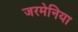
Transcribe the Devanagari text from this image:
जरमेनिया